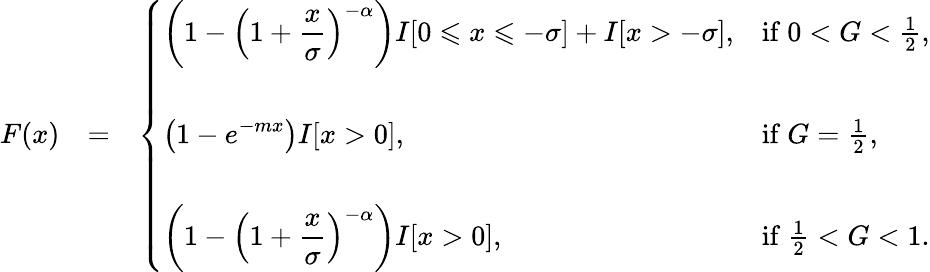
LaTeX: \begin{array}{rlr}{F(x)}&{=}&{\left\{ \begin{array}{ll}{\displaystyle\left(1-\left(1+\frac{x}{\sigma}\right)^{-\alpha}\right)I[0\leqslant x\leqslant-\sigma]+I[x>-\sigma],}&{\mathrm{if~}0<G<\frac{1}{2},}\\ {\quad}\\ {\displaystyle\left(1-e^{-mx}\right)I[x>0],}&{\mathrm{if~}G=\frac{1}{2},}\\ {\quad}\\ {\displaystyle\left(1-\left(1+\frac{x}{\sigma}\right)^{-\alpha}\right)I[x>0],}&{\mathrm{if~}\frac{1}{2}<G<1.}\end{array}\right.}\end{array}